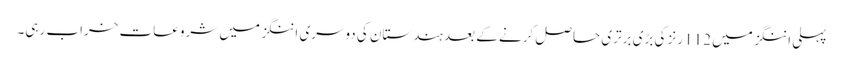
پہلی اننگز میں 112 رنز کی بڑی برتری حاصل کرنے کے بعد ہندستان کی دوسری اننگز میں شروعات خراب رہی۔